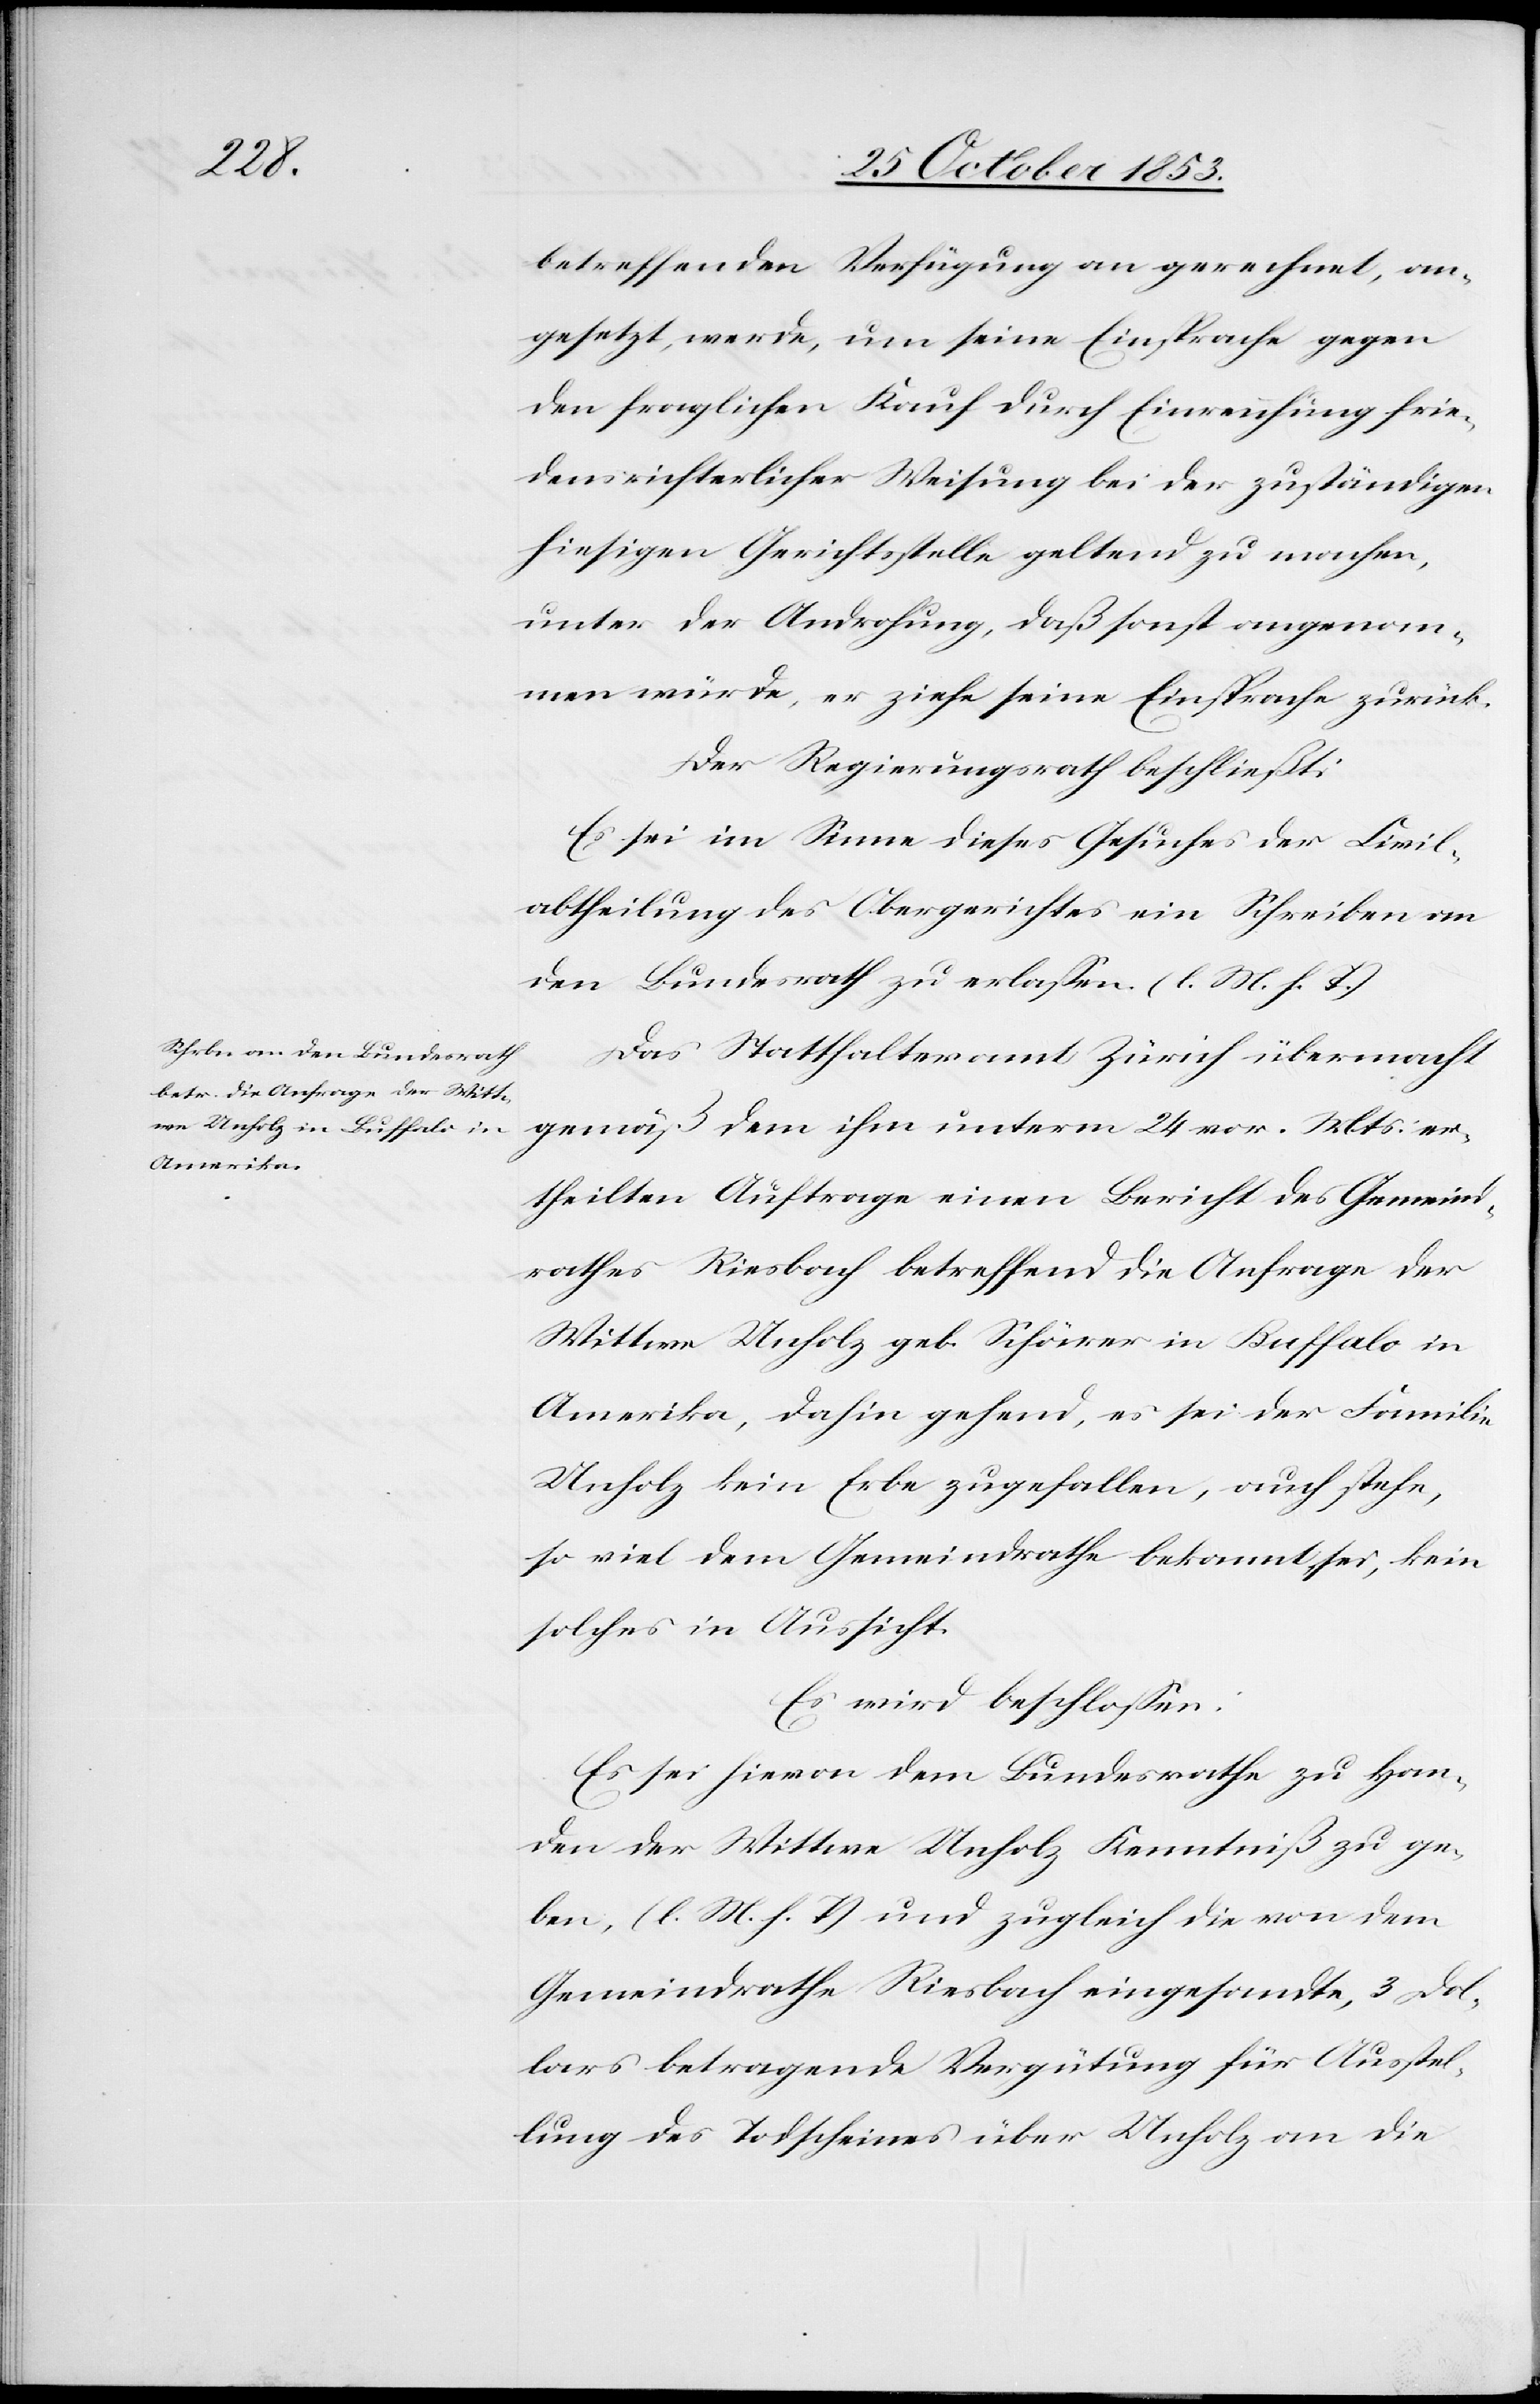
betreffenden Verfügung an gerechnet, an¬
gesetzt werde, um seine Einsprache gegen
den fraglichen Kauf durch Einreichung frie¬
densrichterlicher Weisung bei der zuständigen
hiesigen Gerichtsstelle geltend zu machen,
unter der Androhung, daß sonst angenom¬
men würde, er ziehe seine Einsprache zurück.
Der Regierungsrath beschließt:
Es sei im Sinne dieses Gesuches der Civil¬
abtheilung des Obergerichtes ein Schreiben an
den Bundesrath zu erlaßen. [l. M. h. T]
Das Statthalteramt Zürich übermacht
gemäß dem ihm unterm 24 vor. Mts. er¬
theilten Auftrage einen Bericht des Gemeind¬
rathes Riesbach betreffend die Anfrage der
Wittwe Unholz geb. Schärer in Buffalo in
Amerika, dahin gehend, es sei der Familie
Unholz kein Erbe zugefallen, auch stehe,
so viel dem Gemeindrathe bekannt sei, kein
solches in Aussicht.
Es wird beschloßen:
Es sei hievon dem Bundesrathe zu Han¬
den der Wittwe Unholz Kenntniß zu ge¬
ben, [l. M. h. T] und zugleich die von dem
Gemeindrathe Riesbach eingesandte, 3 Dol¬
lars betragende Vergütung für Ausstel¬
lung des Todscheines über Unholz an die